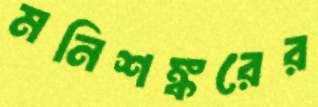
মনিশঙ্করের